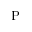
\mathrm { P }